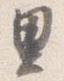
里